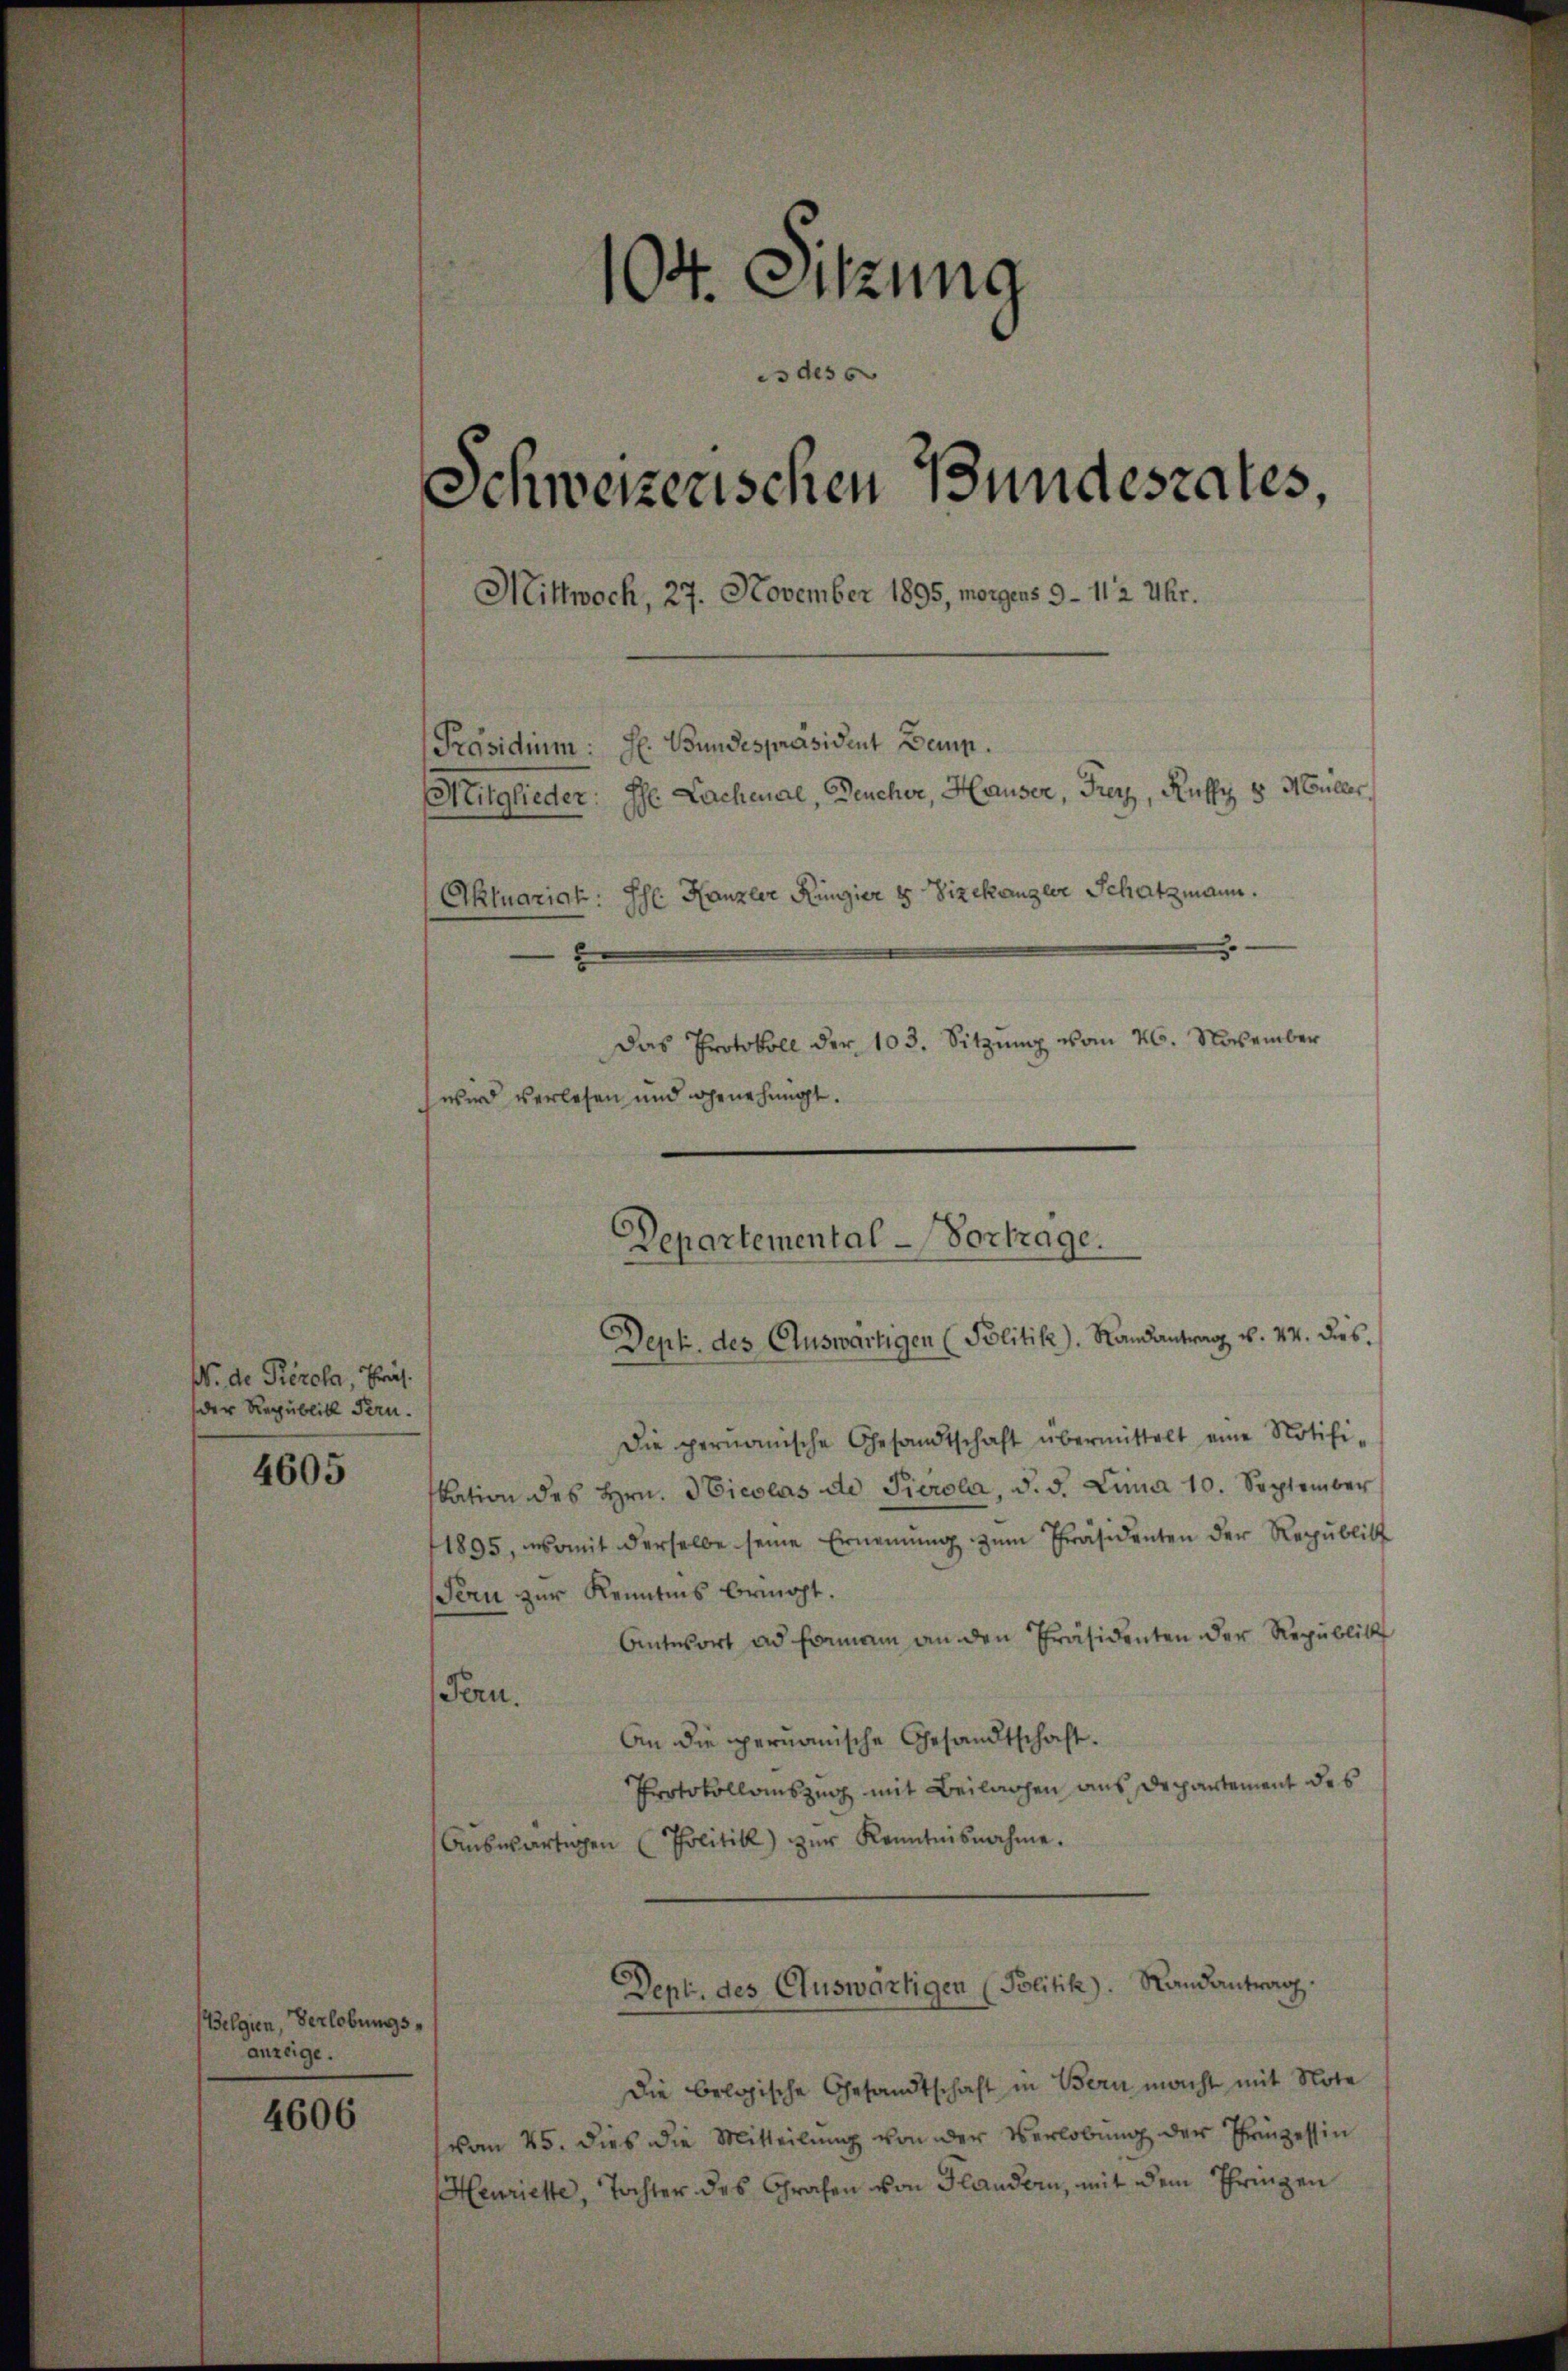
W. de Perola, Präs.
der Republik Fern.

4605

Belgien, Verlobungsanzeige.

4606

104. Sitzung
is des s
Schweizerischen Bundesrates,
Mittwoch, 27. November 1895, morgens 9 - 112 Uhr.
[Präsidium: H. Bundespräsident Demp.
Mitglieder: Ihr Lachenal, Deucher, Hauser, Frey, Kully v. Müller,
Aktuariat. Ihr Kanzler Ringier 8 Vizekanzler Schatzmann.
2
Das Protokoll der 103. Sitzŭng vom 26. November
wird verlesen und genehmigt.

Die permanische Gesandtschaft übermittelt eine Notifi-
kation des Hrn. Nicolas de Pierola, d. d. Lina 10. September
1895, womit derselbe seine Ernennung zŭm Präsidenten der Republik
Sern zur Kenntnis bringt.
Antwort ad formann an den Präsidenten der Republick
Fern.
An die permanische Gesandtschaft.
Protokollauszug mit Beilagen aus Departement des
aŭswärtigen (Politik) zŭr Kenntnisnahme.
Dept. des Auswärtigen (Politik). Randantrag.
Die belgische Gesandtschaft in Bern macht mit Note
vom 25. dies die Mitteilung von der Verlobung der Prinzessin
Henrichte, Tochter des Grafen von Flandern, mit dem Thringen

Departemental-Vortrage.
Dept. des Auswärtigen (Politik). Randantrag v. 24. dies.